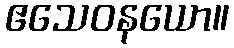
ဧသေဝနယော။